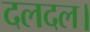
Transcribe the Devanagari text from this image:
दलदल।